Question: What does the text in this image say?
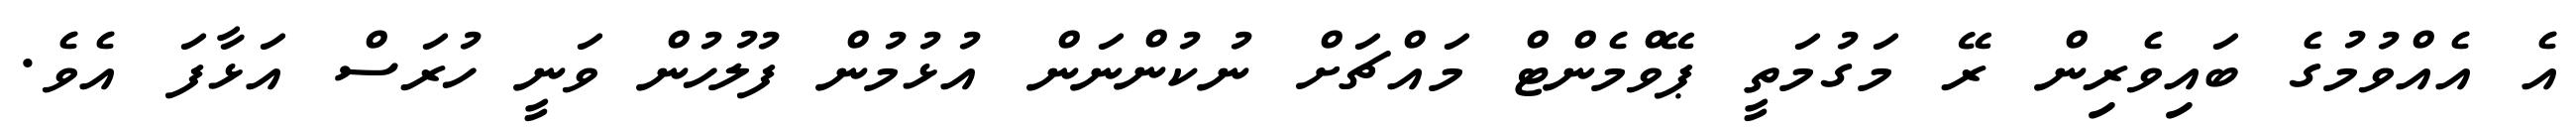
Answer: އެ އެއްވުމުގެ ބައިވެރިން ރޭ މަގުމަތީ ޕޭވްމެންޓް މައްޗަށް ނުކުންނަން އުޅުމުން ފުލުހުން ވަނީ ހުރަސް އަޅާފަ އެވެ.